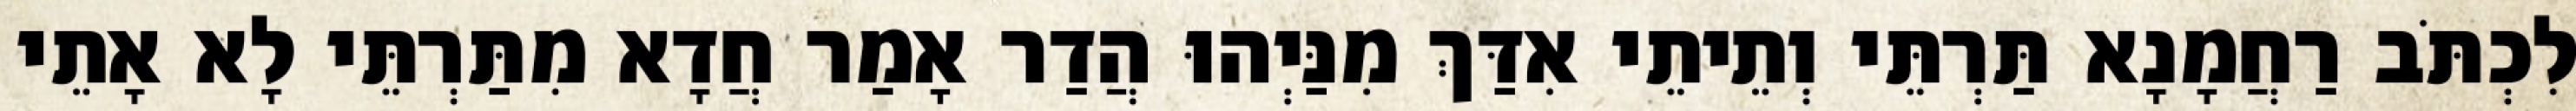
לִכְתֹּב רַחֲמָנָא תַּרְתֵּי וְתֵיתֵי אִדַּךְ מִנַּיְהוּ הֲדַר אָמַר חֲדָא מִתַּרְתֵּי לָא אָתֵי